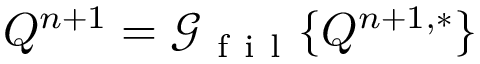
Q ^ { n + 1 } = \mathcal { G } _ { \mathrm { ~ f ~ i ~ l ~ } } \{ Q ^ { n + 1 , * } \}